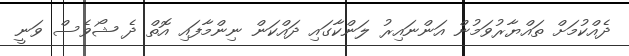
ދެއްކުމަށް ތައްޔާރުވަމުން އަންނައިރު ލަންކާގައި ދައްކަން ނިންމާފައި އޮތް ދެ ޝޯވެސް ވަނީ